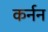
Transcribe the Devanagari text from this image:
कर्नन